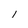
Character: I